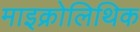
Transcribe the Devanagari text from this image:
माइक्रोलिथिक